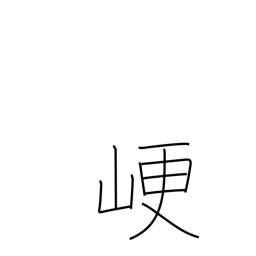
Meaning: obstruct